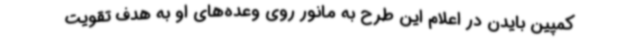
کمپین بایدن در اعلام این طرح به مانور روی وعده‌های او به هدف تقویت